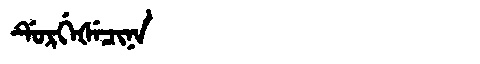
Manchu: ᡩᡠᡵᡤᡝᡧᡝᠴᡳᠨᠠ
Romanization: DURGEŠECINA